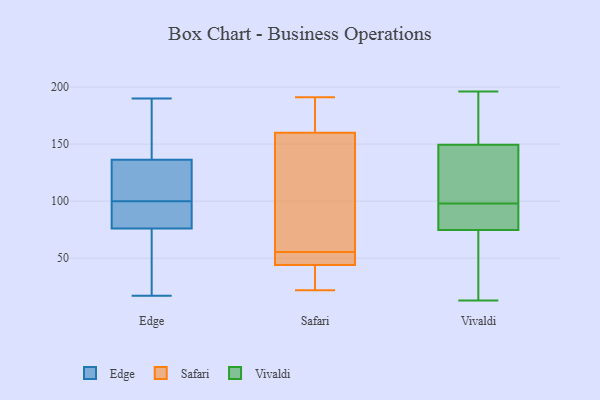
{"axis": {"x": "Inventory Turnover", "y": "Value"}, "legend": ["Edge", "Safari", "Vivaldi"], "data": [{"x": "", "y": 100, "type": "Edge"}, {"x": "", "y": 50, "type": "Edge"}, {"x": "", "y": 111, "type": "Edge"}, {"x": "", "y": 167, "type": "Edge"}, {"x": "", "y": 190, "type": "Edge"}, {"x": "", "y": 86, "type": "Edge"}, {"x": "", "y": 94, "type": "Edge"}, {"x": "", "y": 107, "type": "Edge"}, {"x": "", "y": 52, "type": "Edge"}, {"x": "", "y": 182, "type": "Edge"}, {"x": "", "y": 17, "type": "Edge"}, {"x": "", "y": 84, "type": "Edge"}, {"x": "", "y": 126, "type": "Edge"}, {"x": "", "y": 44, "type": "Safari"}, {"x": "", "y": 176, "type": "Safari"}, {"x": "", "y": 191, "type": "Safari"}, {"x": "", "y": 185, "type": "Safari"}, {"x": "", "y": 46, "type": "Safari"}, {"x": "", "y": 143, "type": "Safari"}, {"x": "", "y": 46, "type": "Safari"}, {"x": "", "y": 184, "type": "Safari"}, {"x": "", "y": 160, "type": "Safari"}, {"x": "", "y": 63, "type": "Safari"}, {"x": "", "y": 156, "type": "Safari"}, {"x": "", "y": 48, "type": "Safari"}, {"x": "", "y": 39, "type": "Safari"}, {"x": "", "y": 48, "type": "Safari"}, {"x": "", "y": 65, "type": "Safari"}, {"x": "", "y": 27, "type": "Safari"}, {"x": "", "y": 36, "type": "Safari"}, {"x": "", "y": 22, "type": "Safari"}, {"x": "", "y": 79, "type": "Vivaldi"}, {"x": "", "y": 145, "type": "Vivaldi"}, {"x": "", "y": 151, "type": "Vivaldi"}, {"x": "", "y": 152, "type": "Vivaldi"}, {"x": "", "y": 98, "type": "Vivaldi"}, {"x": "", "y": 13, "type": "Vivaldi"}, {"x": "", "y": 74, "type": "Vivaldi"}, {"x": "", "y": 100, "type": "Vivaldi"}, {"x": "", "y": 96, "type": "Vivaldi"}, {"x": "", "y": 36, "type": "Vivaldi"}, {"x": "", "y": 28, "type": "Vivaldi"}, {"x": "", "y": 196, "type": "Vivaldi"}, {"x": "", "y": 21, "type": "Vivaldi"}, {"x": "", "y": 77, "type": "Vivaldi"}, {"x": "", "y": 103, "type": "Vivaldi"}, {"x": "", "y": 97, "type": "Vivaldi"}, {"x": "", "y": 100, "type": "Vivaldi"}, {"x": "", "y": 194, "type": "Vivaldi"}, {"x": "", "y": 186, "type": "Vivaldi"}]}